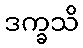
ဒက္ခသိ